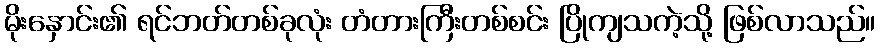
မိုးနှောင်း၏ ရင်ဘတ်တစ်ခုလုံး တံတားကြီးတစ်စင်း ပြိုကျသကဲ့သို့ ဖြစ်လာသည်။